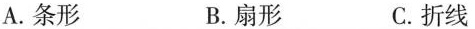
A.条形 B.扇形 C.折线